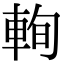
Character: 𨋮